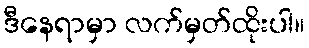
ဒီနေရာမှာ လက်မှတ်ထိုးပါ။